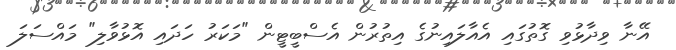
އޭނާ ވިދާޅުވި ގޮތުގައި އެއާލައިނުގެ އިތުރުން އެސްބީޓީން "މަކަރު ހަދައި އޮޅުވާލި" މައްސަލަ